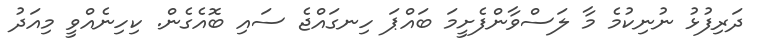
ދަރިފުޅު ނުނިކުމެ މާ ލަސްވާންފެށީމަ ބައްޕަ ހިނގައްޖެ ސައި ބޮއެގެން. ކިހިނެއްވީ މިއަދު